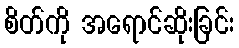
စိတ်ကို အရောင်ဆိုးခြင်း